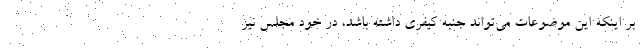
بر اینکه این موضوعات می‌تواند جنبه کیفری داشته باشد، در خود مجلس نیز